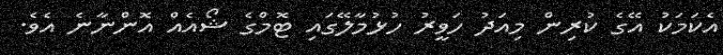
އެކަމަކު އޭގެ ކުރިން މިއަދު ހަވީރު ހުޅުމާލޭގައި ޓޮމްގެ ޝޯއެއް އޮންނާނެ އެެވެ.